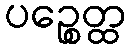
ပဉ္စေတ္ထ